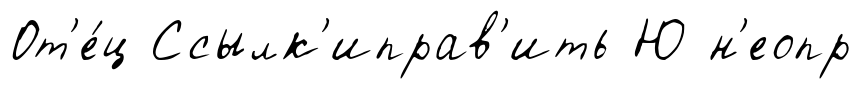
От'е́ц Ссылк'иправ'ить Ю н'еопр